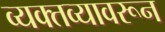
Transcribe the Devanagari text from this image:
व्यक्तव्यावरून